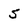
Character: 5